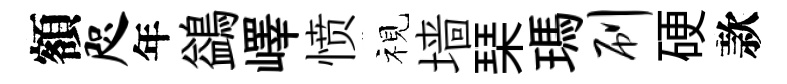
額咫年鷁嶧愤视墙琹瑪刷硬款